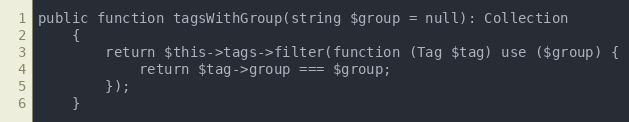
Language: PHP
public function tagsWithGroup(string $group = null): Collection
    {
        return $this->tags->filter(function (Tag $tag) use ($group) {
            return $tag->group === $group;
        });
    }